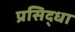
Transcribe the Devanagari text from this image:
प्रसिद्धा